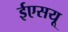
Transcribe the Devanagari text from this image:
ईएसयू